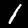
Label: 1